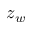
z _ { w }